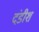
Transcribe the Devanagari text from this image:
दंडीश